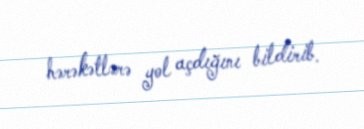
hərəkətlərə yol açdığını bildirib.